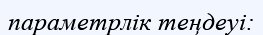
параметрлік теңдеуі: